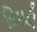
દિપડી